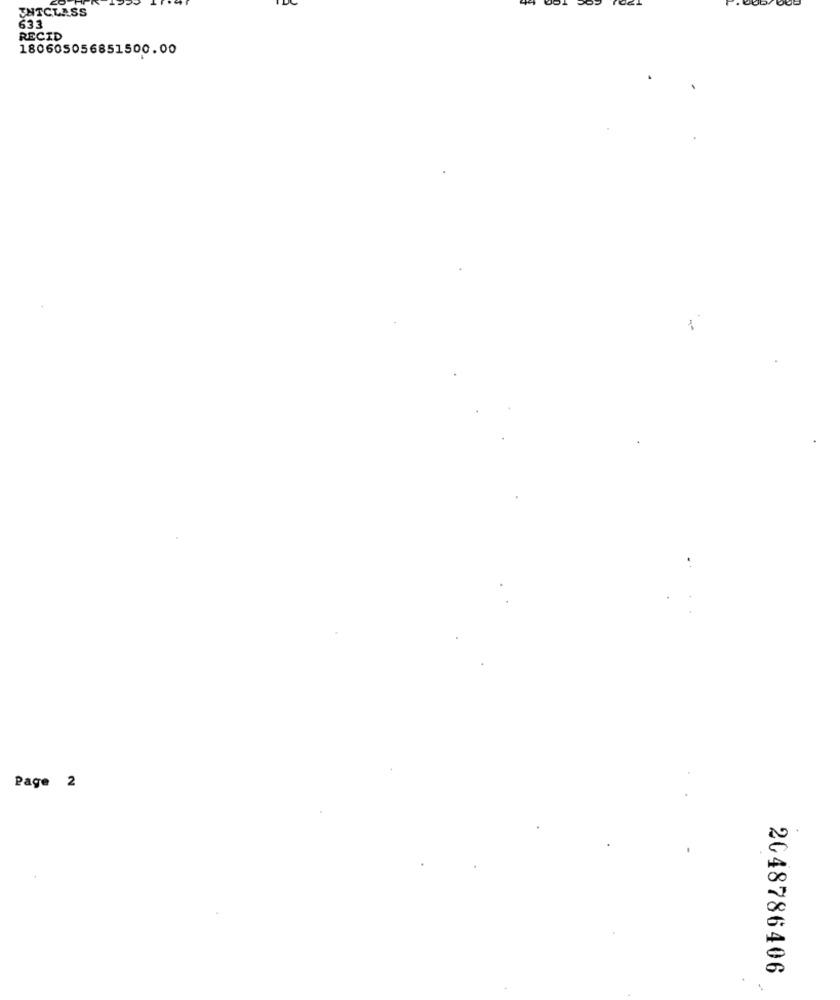
ENTCLASS
633
RECID
180605056851500.00
Page 2
2048786406